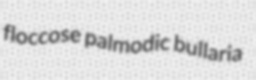
floccose palmodic bullaria